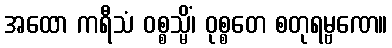
အထော ကရီသံ ဝစ္စသ္မိံ၊ ဝုစ္စတေ စတုရမ္ဗဏေ။